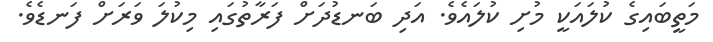
މަތީބައިގެ ކުލައަކީ މުށި ކުލައެވެ. އަދި ބަނޑުދަށް ފަރާތުގައި މިކުލަ ވަރަށް ފަނޑެވެ.